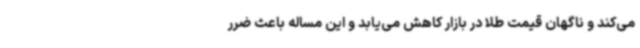
می‌کند و ناگهان قیمت طلا در بازار کاهش می‌یابد و این مساله باعث ضرر